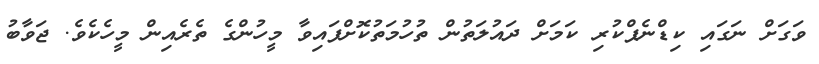
ވަގަށް ނަގައި ކިޑްނެޕްކުރި ކަމަށް ދައުލަތުން ތުހުމަތުކޮށްފައިވާ މީހުންގެ ތެރެއިން މީހެކެވެ. ޖަވާބު